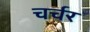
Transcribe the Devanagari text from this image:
चर्चर